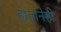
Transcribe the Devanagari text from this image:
हातानेही